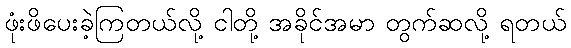
ဖုံးဖိပေးခဲ့ကြတယ်လို့ ငါတို့ အခိုင်အမာ တွက်ဆလို့ ရတယ်